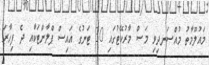
މައުލޫމާތު މުއްސަނދިވި މަސް މާރުކޭޓުގައި 30 ޓަނުގެ އައިސް ޕްލާންޓަކާއި ދެ ފިހާރަ